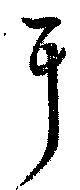
耳